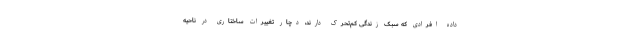
داده افرادی که سبک زندگی کم‌تحرک دارند، دچار تغییرات ساختاری در ناحیه